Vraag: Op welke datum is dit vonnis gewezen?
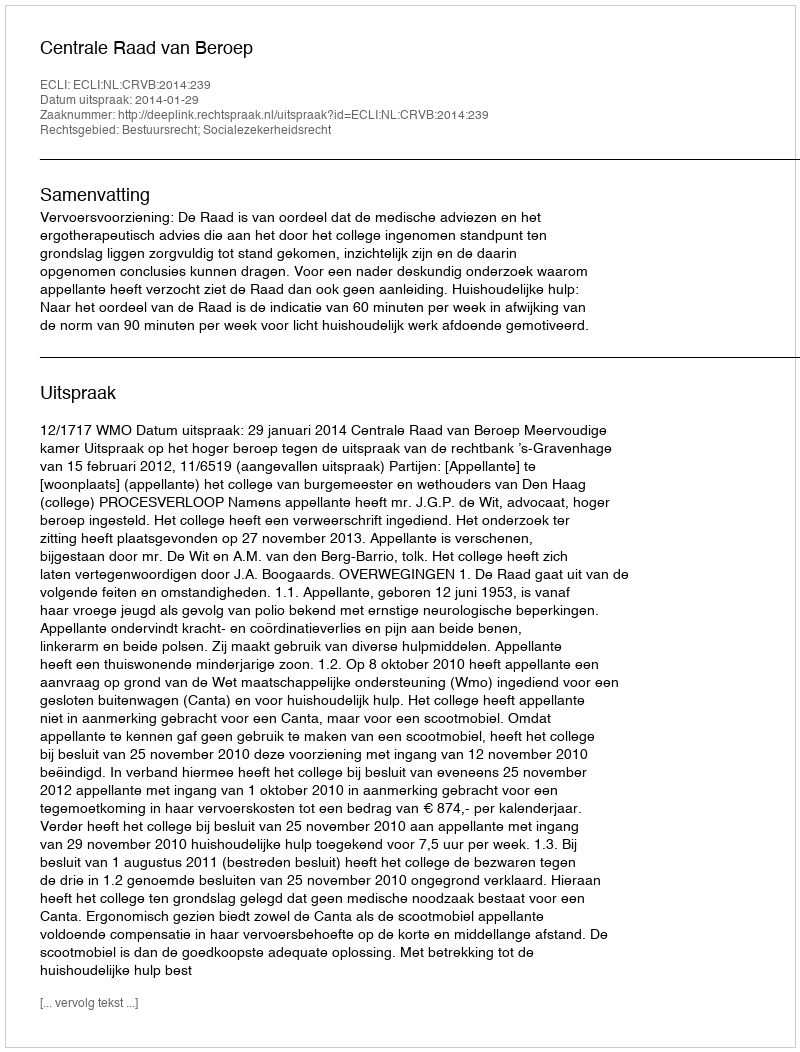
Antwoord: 2014-01-29